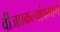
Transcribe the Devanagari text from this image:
वीजप्रकल्पांप्रमाणे